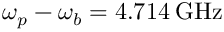
\omega _ { p } - \omega _ { b } = 4 . 7 1 4 \: \mathrm { G H z }